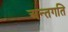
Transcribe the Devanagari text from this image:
अन्तगति